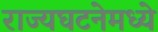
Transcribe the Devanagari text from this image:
राज्यघटनेमध्ये